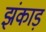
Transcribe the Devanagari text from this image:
झंकाड़